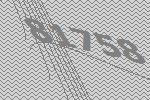
81758